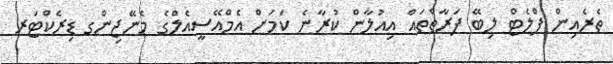
ތެރެއިން ފްލެޓް ލިބޭ ފަރާތްތައް އިއުލާން ކުރާނެ ކަމަށް އެމްއޭސީއެލްގެ މެނޭޖިންގ ޑިރެކްޓަރ